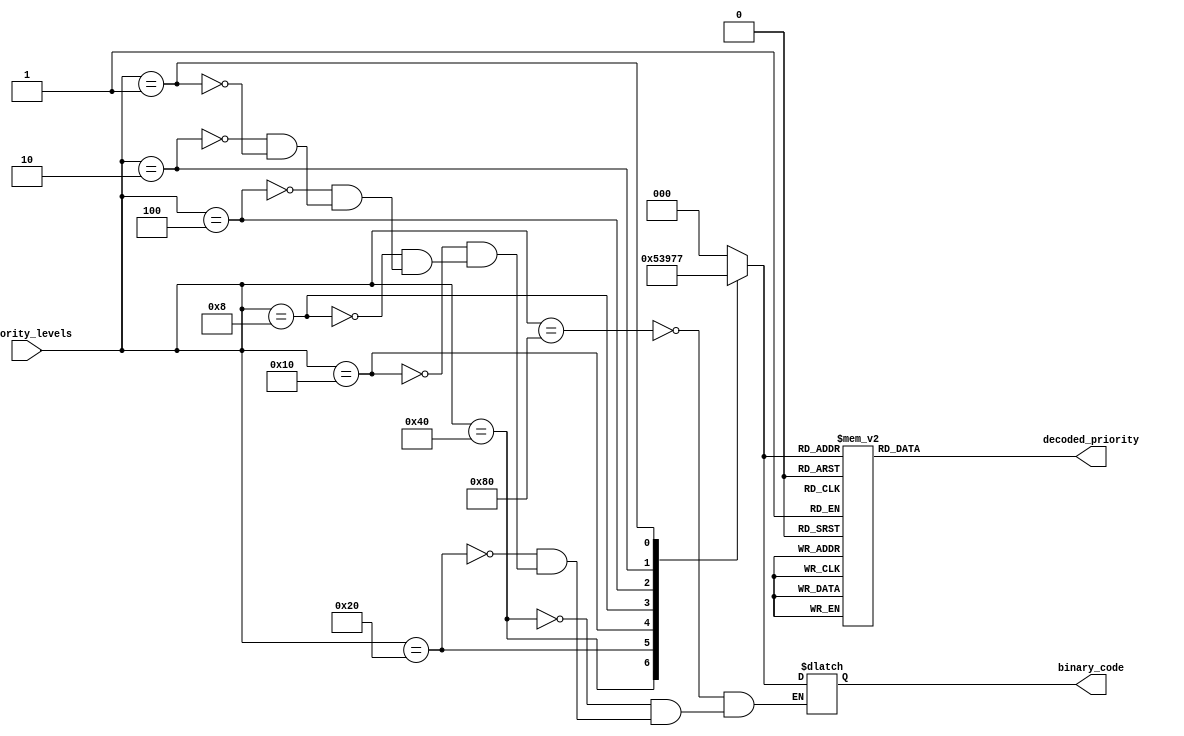
module PriorityEncoderDecoder (
    input [7:0] priority_levels,
    output reg [2:0] binary_code,
    output reg [7:0] decoded_priority
);

always @(*) begin
    // Priority Encoder
    case (priority_levels)
        8'b10000000: binary_code = 3'b000;
        8'b01000000: binary_code = 3'b001;
        8'b00100000: binary_code = 3'b010;
        8'b00010000: binary_code = 3'b011;
        8'b00001000: binary_code = 3'b100;
        8'b00000100: binary_code = 3'b101;
        8'b00000010: binary_code = 3'b110;
        8'b00000001: binary_code = 3'b111;
    endcase
    
    // Priority Decoder
    case (binary_code)
        3'b000: decoded_priority = 8'b10000000;
        3'b001: decoded_priority = 8'b01000000;
        3'b010: decoded_priority = 8'b00100000;
        3'b011: decoded_priority = 8'b00010000;
        3'b100: decoded_priority = 8'b00001000;
        3'b101: decoded_priority = 8'b00000100;
        3'b110: decoded_priority = 8'b00000010;
        3'b111: decoded_priority = 8'b00000001;
    endcase
end

endmodule